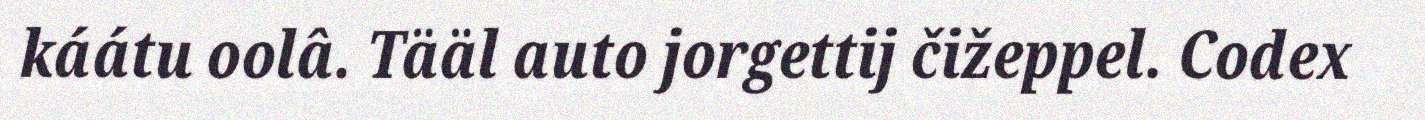
káátu oolâ. Tääl auto jorgettij čižeppel. Codex